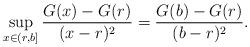
LaTeX: \begin{align*} \sup_{x \in (r,b]} \frac{G(x) - G(r)}{(x - r)^2} = \frac{G(b) - G(r)}{(b - r)^2}. \end{align*}